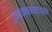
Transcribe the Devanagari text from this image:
पुरातत्त्वशास्त्रज्ञांचा